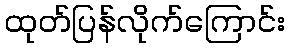
ထုတ်ပြန်လိုက်ကြောင်း